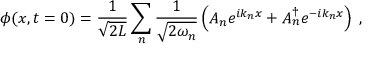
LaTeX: \phi ( x , t = 0 ) = \frac { 1 } { \sqrt { 2 L } } \sum _ { n } \frac { 1 } { \sqrt { 2 \omega _ { n } } } \left( A _ { n } e ^ { i k _ { n } x } + A _ { n } ^ { \dagger } e ^ { - i k _ { n } x } \right) \; ,